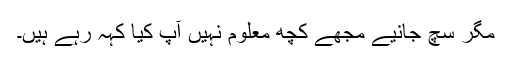
مگر سچ جانیے مجھے کچھ معلوم نہیں آپ کیا کہہ رہے ہیں۔